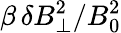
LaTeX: \beta\, \delta B_{\perp}^{2}/B_{0}^{2}